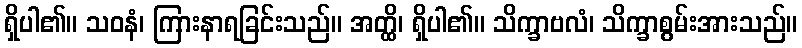
ရှိပါ၏။ သဝနံ၊ ကြားနာရခြင်းသည်။ အတ္ထိ၊ ရှိပါ၏။ သိက္ခာဗလံ၊ သိက္ခာစွမ်းအားသည်။